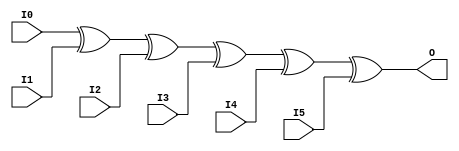
//    Xilinx Proprietary Primitive Cell X_XOR6 for Verilog
//
// $Header: /devl/xcs/repo/env/Databases/CAEInterfaces/verplex_libs/data/simprims/X_XOR6.v,v 1.3.198.3 2004/09/28 20:47:46 wloo Exp $
//

`celldefine
`timescale 1 ps/1 ps

module X_XOR6 (O, I0, I1, I2, I3, I4, I5);

  output O;
  input I0, I1, I2, I3, I4, I5;

  xor (O, I0, I1, I2, I3, I4, I5);

endmodule